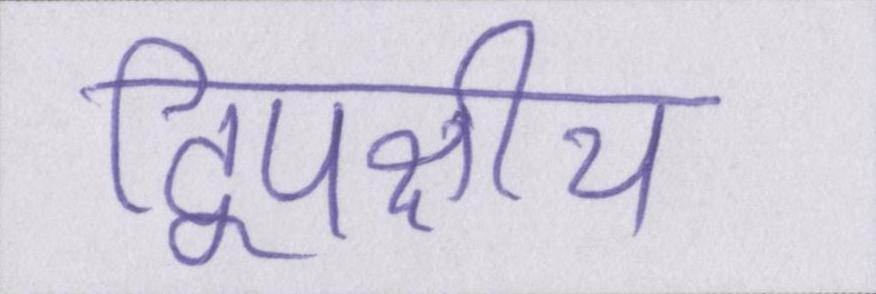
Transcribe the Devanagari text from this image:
द्विपक्षीय